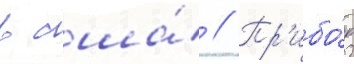
в сша́ // Пр'ибо́р